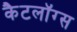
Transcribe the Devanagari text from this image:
कैटलॉग्स